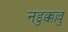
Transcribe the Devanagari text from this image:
नडुक्कल्लु